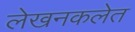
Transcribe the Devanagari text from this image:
लेखनकलेत